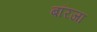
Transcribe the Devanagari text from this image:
बॉरजा